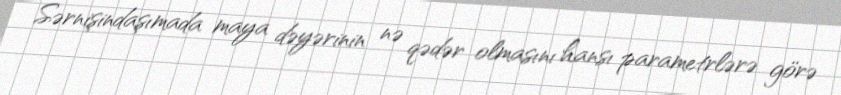
Sərnişindaşımada maya dəyərinin nə qədər olmasını hansı parametrlərə görə